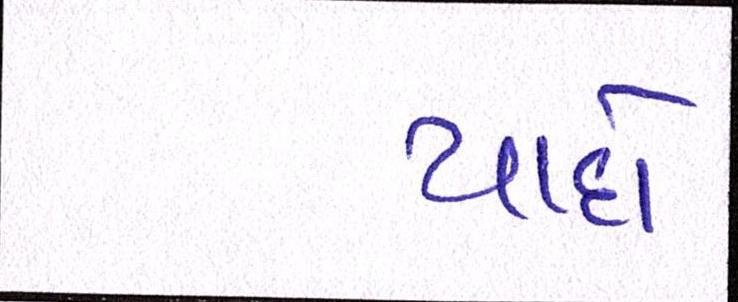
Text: યાદો